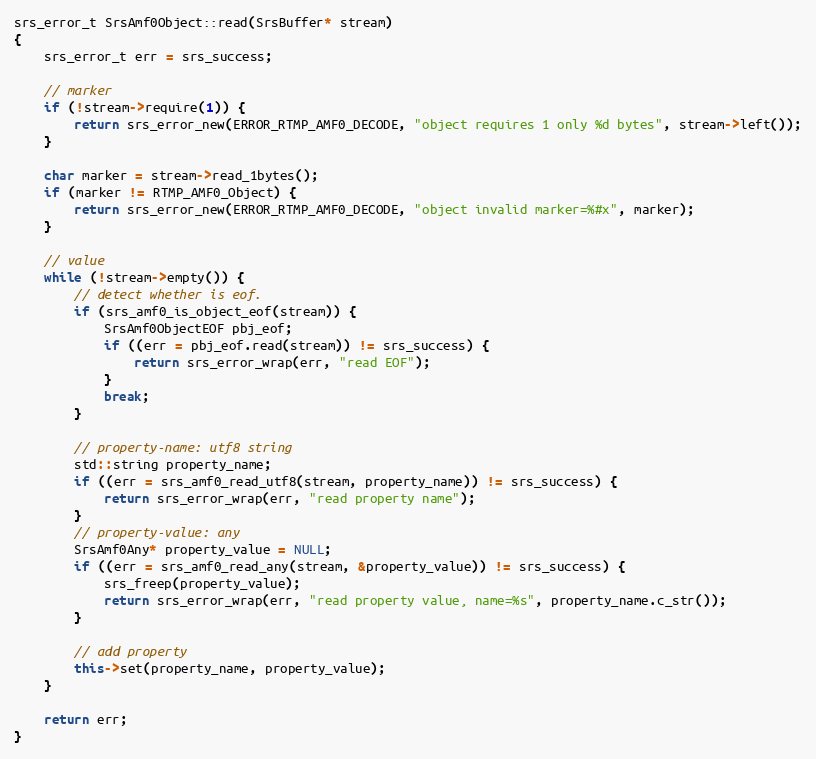
Language: C++
srs_error_t SrsAmf0Object::read(SrsBuffer* stream)
{
    srs_error_t err = srs_success;

    // marker
    if (!stream->require(1)) {
        return srs_error_new(ERROR_RTMP_AMF0_DECODE, "object requires 1 only %d bytes", stream->left());
    }

    char marker = stream->read_1bytes();
    if (marker != RTMP_AMF0_Object) {
        return srs_error_new(ERROR_RTMP_AMF0_DECODE, "object invalid marker=%#x", marker);
    }

    // value
    while (!stream->empty()) {
        // detect whether is eof.
        if (srs_amf0_is_object_eof(stream)) {
            SrsAmf0ObjectEOF pbj_eof;
            if ((err = pbj_eof.read(stream)) != srs_success) {
                return srs_error_wrap(err, "read EOF");
            }
            break;
        }

        // property-name: utf8 string
        std::string property_name;
        if ((err = srs_amf0_read_utf8(stream, property_name)) != srs_success) {
            return srs_error_wrap(err, "read property name");
        }
        // property-value: any
        SrsAmf0Any* property_value = NULL;
        if ((err = srs_amf0_read_any(stream, &property_value)) != srs_success) {
            srs_freep(property_value);
            return srs_error_wrap(err, "read property value, name=%s", property_name.c_str());
        }

        // add property
        this->set(property_name, property_value);
    }

    return err;
}